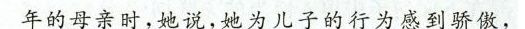
年的母亲时同时，她说，她为儿子的行为感到骄傲，